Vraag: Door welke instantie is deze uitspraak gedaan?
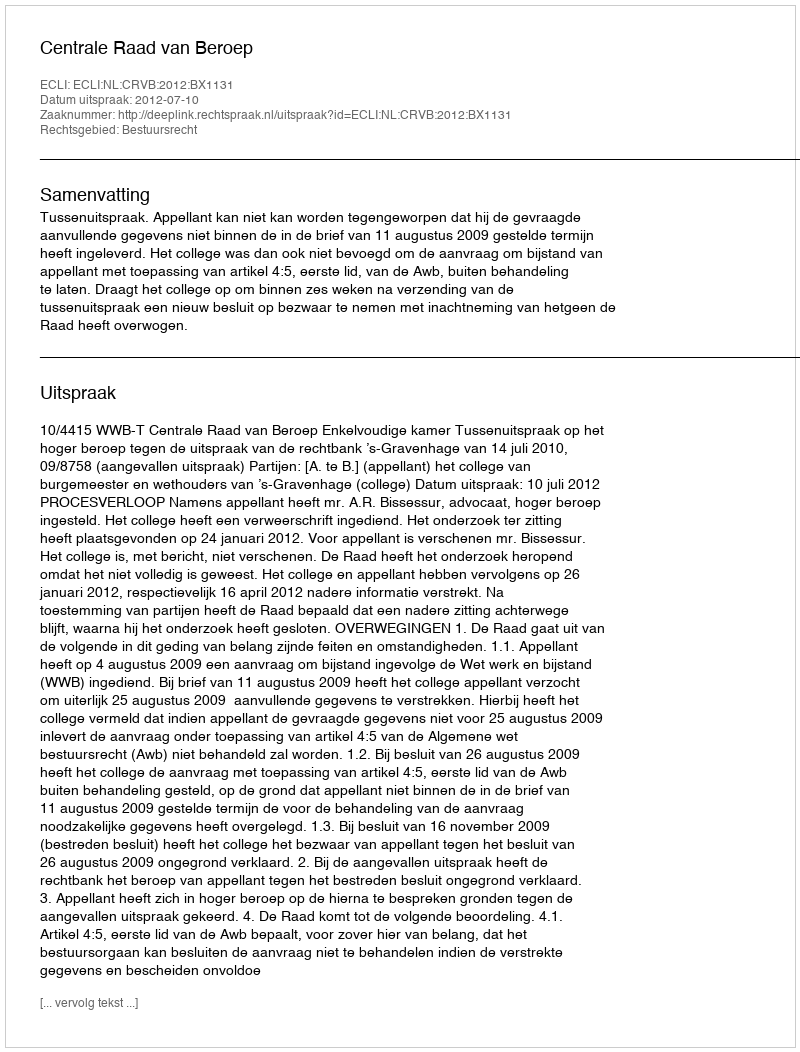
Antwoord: Centrale Raad van Beroep